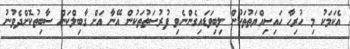
އެކަމަކު މި ހުރިހާ ހައިސިއްޔަތުތަކުން ލިބިވަޑައިގެންނެވި ފުރުސަތުތަކުން އޭނާ އަށް ގާބިލްކަން ސާބިތުކޮށްދެވުނު